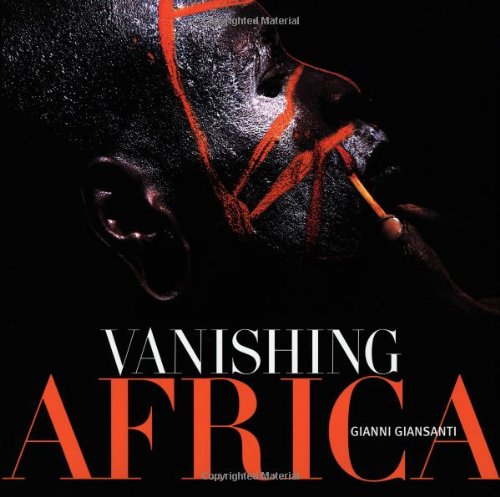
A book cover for Vanishing Africa; Gianni Giansanti; Travel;